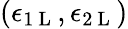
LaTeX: (\epsilon_{1\mathrm{~L~}},\epsilon_{2\mathrm{~L~}})